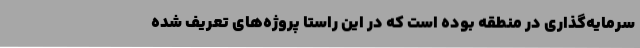
سرمایه‌گذاری در منطقه بوده است که در این راستا پروژه‌های تعریف شده